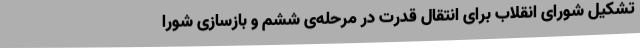
تشکیل شورای انقلاب برای انتقال قدرت در مرحله‌ی‌ ششم‌ و بازسازی‌ شورا